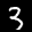
Label: 3